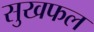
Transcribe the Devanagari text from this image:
सुखफल